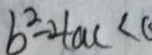
b ^ { 2 } - 4 a c < 0